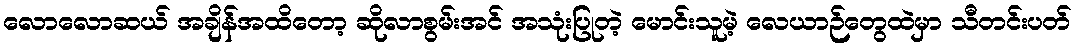
လောလောဆယ် အချိန်အထိတော့ ဆိုလာစွမ်းအင် အသုံးပြုတဲ့ မောင်းသူမဲ့ လေယာဉ်တွေထဲမှာ သီတင်းပတ်